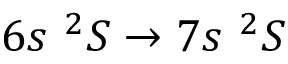
6 s ~ ^ { 2 } S \rightarrow 7 s ~ ^ { 2 } S